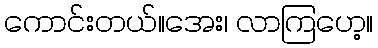
ကောင်းတယ်။အေး၊ လာကြဟေ့။